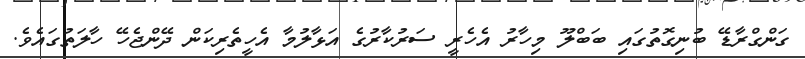
ގަންގްރާޑޭ ބުނިގޮތުގައި ބަބްލޫ މިހާރު އެހެރީ ސަރުކާރުގެ އަޅާލުމާ އެހީތެރިކަން ދޭންޖެހޭ ހާލަތުގައެވެ.